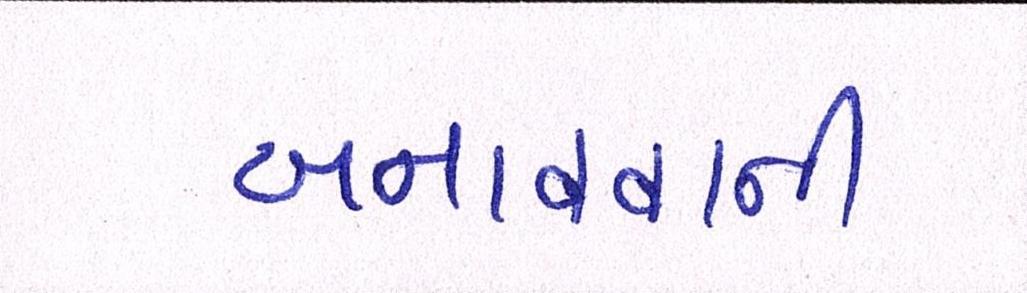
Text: બનાવવાની